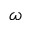
{ \omega }